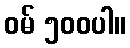
ဝမ် ၅၀၀ပါ။